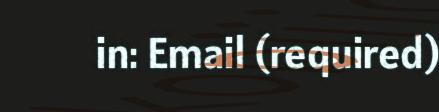
in: Email (required)